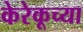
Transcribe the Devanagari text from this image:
केरेकूच्या